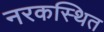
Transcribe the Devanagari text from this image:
नरकस्थित